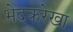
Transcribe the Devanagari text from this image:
भेदकरेखा